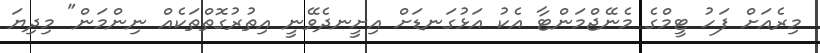
މިރެއަށް ފަހު ޓީމްގެ މެނޭޖްމަންޓާ އެކު އަޅުގަނޑަށް އިށީނދެވޭނީ އިތުރުގޮތްތަކެއް ނިންމަން" މިދިޔަ